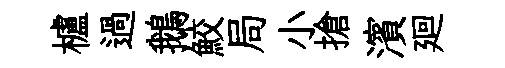
櫨過鵝鮫局小搶濱廻